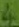
Text: 4